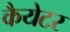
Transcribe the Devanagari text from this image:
कैयेटर